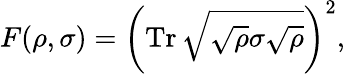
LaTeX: F(\rho,\sigma)=\left(\operatorname{Tr}{\sqrt{{\sqrt{\rho}}\sigma{\sqrt{\rho}}}}\right)^{2},